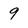
Character: 9